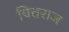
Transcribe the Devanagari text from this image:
चित्तराज